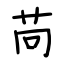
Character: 苘